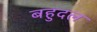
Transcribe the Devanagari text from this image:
बहुदल